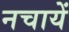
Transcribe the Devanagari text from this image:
नचायें